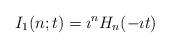
LaTeX: \begin{align*}I_{1}(n;t) = \imath^{n} H_{n}(- \imath t)\end{align*}